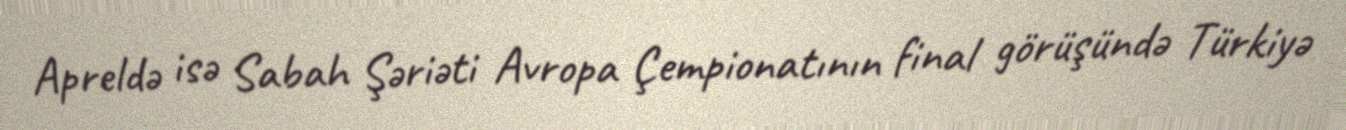
Apreldə isə Sabah Şəriəti Avropa Çempionatının final görüşündə Türkiyə